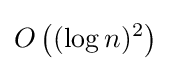
O\left((\log n)^{2}\right)